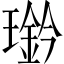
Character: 𤪊